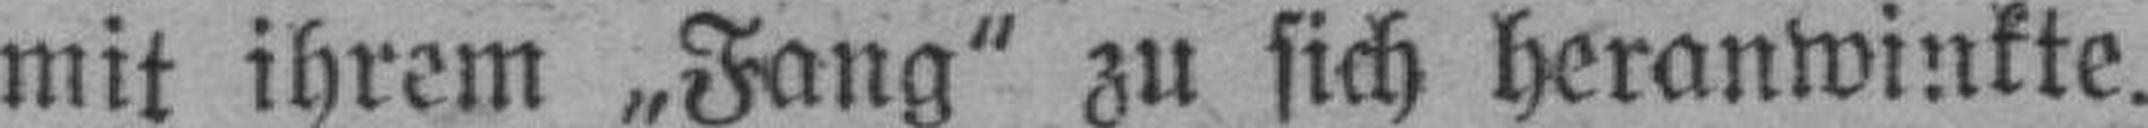
mit ihrem „Fang“ zu sich heranwinkte.